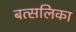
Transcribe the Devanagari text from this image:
बत्सलिका